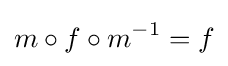
m\circ f\circ m^{-1}=f